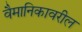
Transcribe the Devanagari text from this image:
वैमानिकावरील